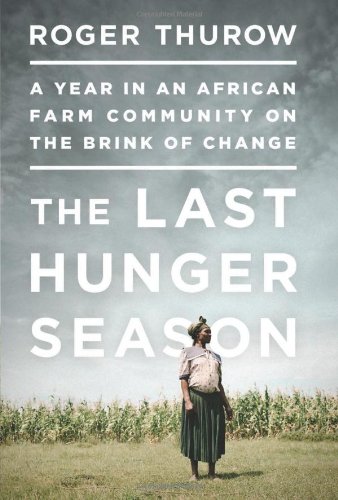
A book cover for The Last Hunger Season: A Year in an African Farm Community on the Brink of Change; Roger Thurow; Science & Math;